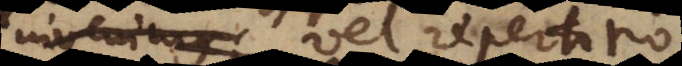
invenimus, vel repertorio